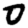
Digit: 0